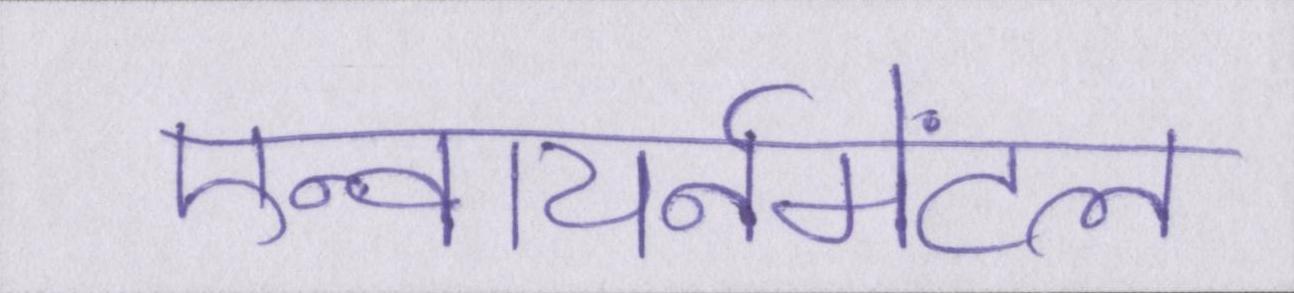
एन्वायर्नमेंटल